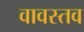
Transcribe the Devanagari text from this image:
वावस्तव